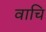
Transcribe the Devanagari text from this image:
वाचि